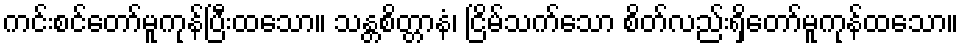
ကင်းစင်တော်မူကုန်ပြီးထသော။ သန္တစိတ္တာနံ၊ ငြိမ်သက်သော စိတ်လည်းရှိတော်မူကုန်ထသော။